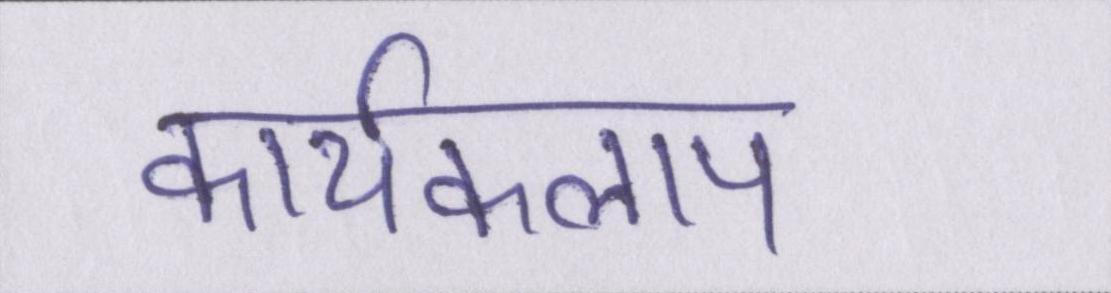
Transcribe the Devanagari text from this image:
कार्यकलाप